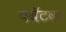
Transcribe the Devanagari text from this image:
पयॅटक